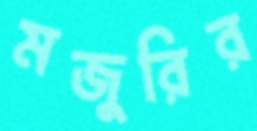
মজুরির